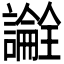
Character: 𬣎